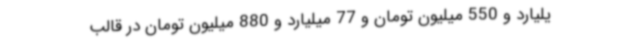
یلیارد و 550 میلیون تومان و 77 میلیارد و 880 میلیون تومان در قالب